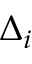
\Delta _ { i }